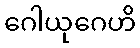
ဂေါယုဂေဟိ